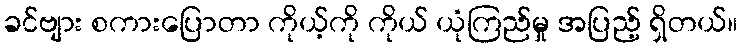
ခင်ဗျား စကားပြောတာ ကိုယ့်ကို ကိုယ် ယုံကြည်မှု အပြည့် ရှိတယ်။